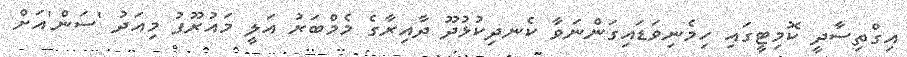
އިގްތިސާދީ ކޮމިޓީގައި ހިމެނިވަޑައިގަންނަވާ ކެނދިކުޅުދޫ ދާއިރާގެ މެމްބަރު އަލީ މައުރޫފު މިއަދު 'ސަން'އަށް